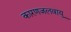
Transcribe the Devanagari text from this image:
कारणजलवायु